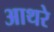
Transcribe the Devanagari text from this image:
आथरे